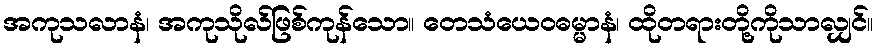
အကုသလာနံ၊ အကုသိုလ်ဖြစ်ကုန်သော။ တေသံယေဝဓမ္မာနံ၊ ထိုတရားတို့ကိုသာလျှင်။